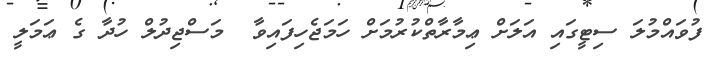
ފުވައްމުލަ ސިޓީގައި އަލަށް ޢިމާރާތްކުރުމަށް ހަމަޖެހިފައިވާ  މަސްޖިދުލް ހުދާ ގެ ޢަމަލީ